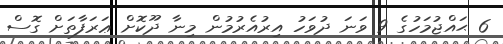
6 ޙައްޖުމަހުގެ 9 ވަނަ ދުވަހު އިރުއެރުމުން މިނާ ދޫކޮށް ޢަރަފާތަށް ގޮސް